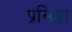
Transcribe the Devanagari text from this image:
प्रसिद्धा